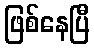
ဖြစ်နေပြီ